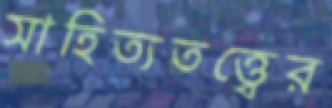
সাহিত্যতত্ত্বের